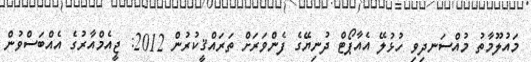
މައުލޫމާތު މުއްސަނދިވި ހުޅުލޭ އެއާޕޯޓް ދުނިޔޭގެ ފެންވަރަށް ތަރައްޤީކުރުން 2012: ޖީއެމްއާރުގެ އެއްބަސްވުން